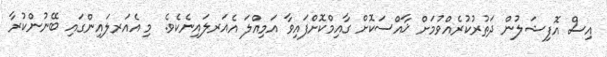
އިސް އޮފިޝަލުން ދަތުރުކުރެއްވުމަށް ޚާއްސަކޮށް ގާއިމްކޮށްފައިވާ އަމިއްލަ އެއަރލައިނެކެވެ. މި އެއަރލައިންގައި ބޭނުންކުރާ